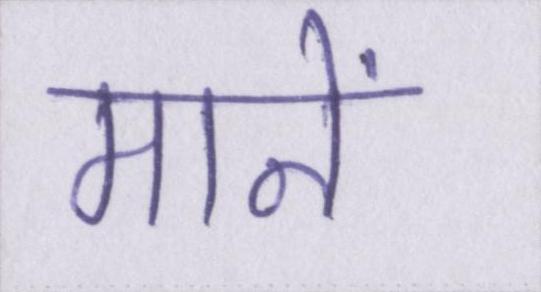
मानें